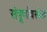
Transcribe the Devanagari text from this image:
संपूर्णावस्थेत